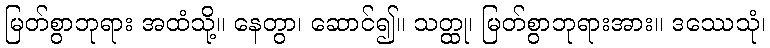
မြတ်စွာဘုရား အထံသို့။ နေတွာ၊ ဆောင်၍။ သတ္ထု၊ မြတ်စွာဘုရားအား။ ဒဿေသုံ၊